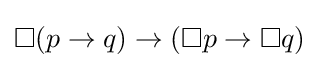
\Box (p\rightarrow q)\rightarrow (\Box p\rightarrow \Box q)